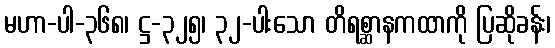
မဟာ-ပါ-၃၆၈၊ ဋ္ဌ-၃၂၅၊ ၃၂-ပါးသော တိရစ္ဆာနကထာကို ပြဆိုခန်း၊